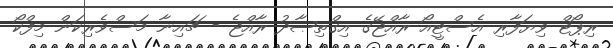
ރިޕޯޓް ވިޔަފާރި އެސްޓީއޯ ރާއްޖޭގެ އިގްތިޞާދު ރާއްޖެ - ޗައިނާ މަސްވެރިކަން މިފްކޯ